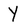
Character: Y